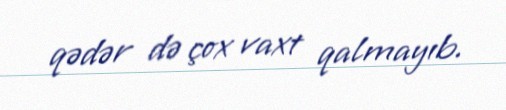
qədər də çox vaxt qalmayıb.